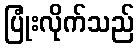
ပြုံးလိုက်သည်